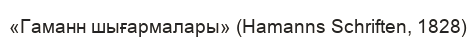
«Гаманн шығармалары» (Hamanns Schriften, 1828)